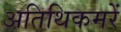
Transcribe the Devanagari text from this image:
अतिथिकमरें